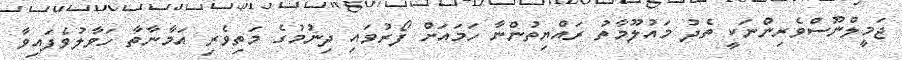
ޖަމީލްނޫސްވެރިންނަކީ ތެދު މައުލޫމާތު ރައްޔިތުންނާ ހަމައަށް ފޯރުވައި ދިނުމުގެ މަތިވެރި އަމާނާތާ ހަވާލުވެފައިވާ